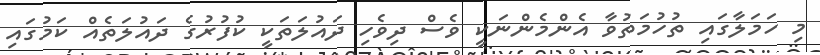
މި ހަމަލާގައި ތުހުމަތުވާ އެންމެންނަކީ ވެސް ދިވެހި ދައުލަތަކީ ކުފުރުގެ ދައުލަތެއް ކަމުގައި